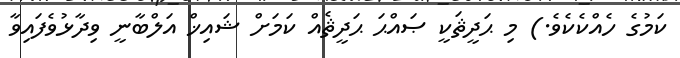
ކަމުގެ ހެއްކެކެވެ.) މި ޙަދީޘަކީ ޞައްޙަ ޙަދީޘެއް ކަމަށް ޝައިޚް އަލްބާނީ ވިދާޅުވެފައިވާ